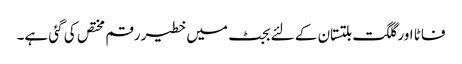
فاٹا اور گلگت بلتستان کے لئے بجٹ میں خطیر رقم مختص کی گئی ہے۔